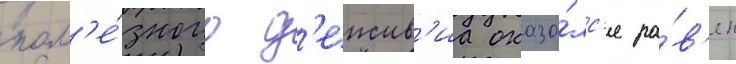
пол'е́зного д'еиств'иа оказа́лс'я ра́в'ен